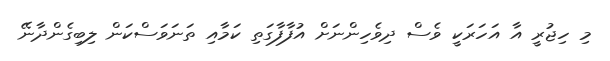
މި ހިޖުރީ އާ އަހަރަކީ ވެސް ދިވެހިންނަށް އުފާފާގަތި ކަމާއި ތަނަވަސްކަން ލިބިގެންދާނޭ